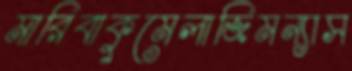
মারিবাকুমেলাজিমন্যাস